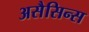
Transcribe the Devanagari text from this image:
असैसिन्स